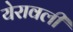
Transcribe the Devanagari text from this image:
येरावली